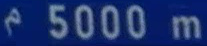
5000 m